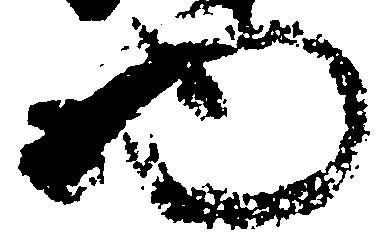
物